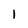
Character: I